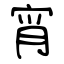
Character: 宵